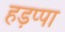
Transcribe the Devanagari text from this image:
हड़प्‍पा